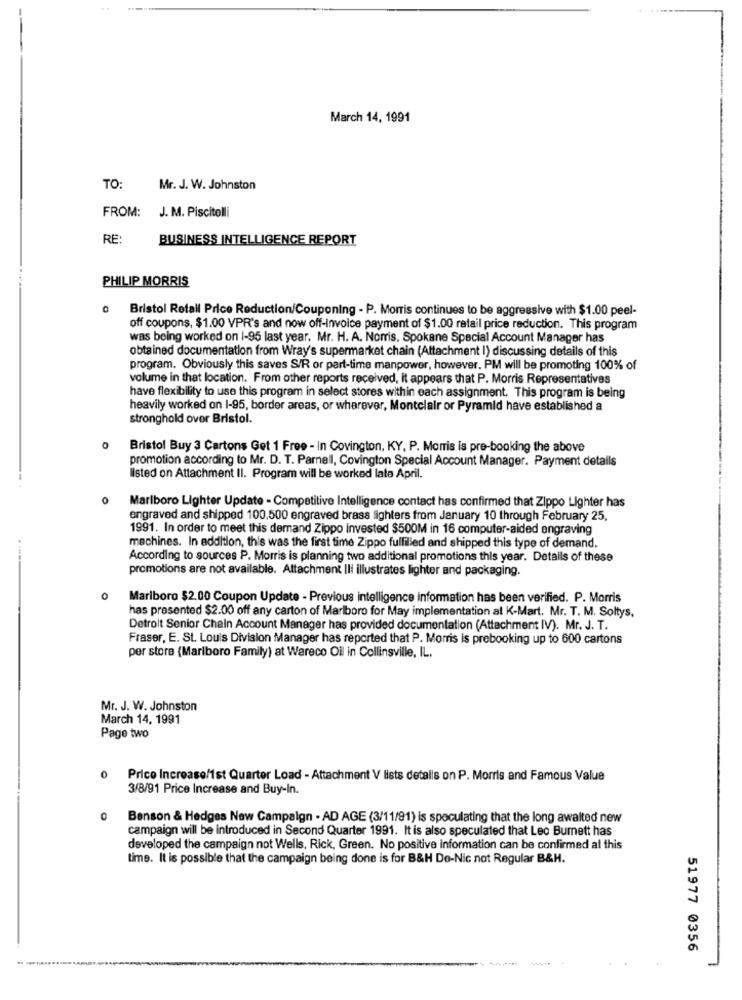
March 14, 1991
TO:
Mr. J. W. Johnston
FROM:
J. M. Piscitelli
RE
BUSINESS INTELLIGENCE REPORT
PHILIP MORRIS
0
Bristol Retail Price Reduction/Couponing - P. Morris continues to be aggressive with $1.00 peel-
off coupons, $1.00 VPR's and now off-Invoice payment of $1.00 retail price reduction. This program
was being worked on 1-95 last year. Mr. H. A. Norris, Spokane Special Account Manager has
obtained documentation from Wray's supermarket chain (Attachment I) discussing details of this
program. Obviously this saves S/R or part-time manpower, however. PM will be promoting 100% of
volume in that location. From other reports received, it appears that P. Morris Representatives
have flexibility to use this program in select stores within each assignment. This program is being
heavily worked on 1-95, border areas, or wherever, Montclair or Pyramid have established a
stronghold over Bristol.
0
Bristol Buy 3 Cartons Get 1 Free - In Covington, KY, P. Morris is pre-booking the above
promotion according to Mr. D. T. Parnell, Covington Special Account Manager. Payment details
listed on Attachment II. Program will be worked late April.
0
Marlboro Lighter Update - Competitive Intelligence contact has confirmed that Zippo Lighter has
engraved and shipped 100,500 engraved brass fighters from January 10 through February 25,
1991. In order to meet this demand Zippo Invested $500M in 16 computer-aided engraving
machines. In addition, this was the first time Zippo fulfilled and shipped this type of demand.
According to sources P. Morris is planning two additional promotions this year. Details of these
promotions are not available. Attachment Ili illustrates lighter and packaging.
0
Marlboro $2.00 Coupon Update - Previous intelligence information has been verified. P. Morris
has presented $2.00 off any carton of Marlboro for May implementation at K-Mart. Mr. T. M. Soltys,
Detroit Senior Chain Account Manager has provided documentation (Attachment IV). Mr. J. T.
Fraser, E. St. Louis Division Manager has reported that P. Morris is prebooking up to 600 cartons
per store (Marlboro Family) at Wareco Oil in Collinsville, IL.
Mr. J. W. Johnston
March 14, 1991
Page two
0
Price Increase/1st Quarter Load - Attachment V lists detalls on P. Morris and Famous Value
3/8/91 Price Increase and Buy-In.
0
Benson & Hedges New Campaign - AD AGE (3/11/91) is speculating that the long awaited new
campaign will be introduced in Second Quarter 1991. It is also speculated that Leo Burnett has
developed the campaign not Wells, Rick, Green. No positive information can be confirmed al this
time. It is possible that the campaign being done is for B&H Do-Nic not Regular B&H.
51977 0356